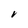
Character: V